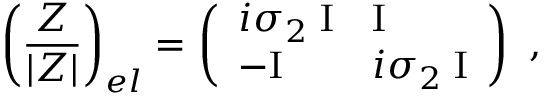
\left( { \frac { \cal Z } { | Z | } } \right) _ { e l } = \left( \begin{array} { l l } { { i \sigma _ { 2 } \; \mathrm { I } } } & { { \mathrm { I } } } \\ { { - \mathrm { I } } } & { { i \sigma _ { 2 } \; \mathrm { I } } } \end{array} \right) \ ,